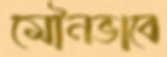
মৌনভাবে